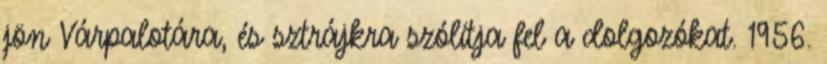
jön Várpalotára, és sztrájkra szólítja fel a dolgozókat. 1956.